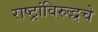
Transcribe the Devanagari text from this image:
राष्ट्रांविरुद्धचे